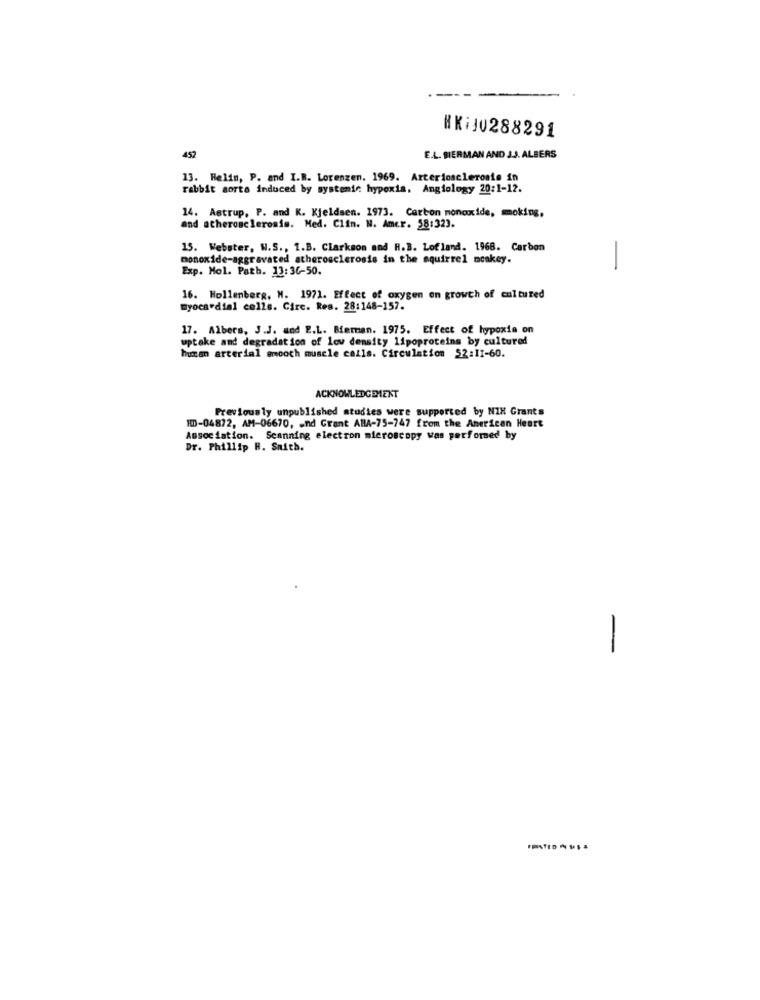
HKiJ0288291
452
E.L. BIERMAN AND J.J. ALBERS
13. Helim, P. and I.R. Lorenzen. 1969. Arteriosclerosis in
rabbit sorta induced by systemic hypoxis, Angiology 20:1-12.
14. Astrup, P. and K. Kjeldsen. 1973. Carbon monoxide, moking,
and atherosclerosis. Med. Clin. W. Amer. 58:323.
15. Webster, W.S ., 1.B. Clarkson and R.B. Lof land. 1968. Carbon
monoxide-aggravated atherosclerosis in the squirrel monkey.
Exp. Mol. Path. 13:36-50.
-
16. Hollenberg, H. 1971. Effect of oxygen on growth of cultured
myocardial cells. Circ. Res. 28:148-157.
17. Albers, J.J. and E.L. Bierman. 1975. Effect of hypoxia on
uptake and degradation of low density lipoproteins by cultured
human arterial smooth muscle cells. Circulation 52:11-60.
ACKNOWLEDGEMENT
Previously unpublished studies were supported by NIX Grants
ID-04872, AM-06670, - nd Grant ABA-75-747 from the American Heart
Association. Scanning electron microscopy was performed by
Dr. Phillip H. Smith.
-